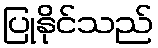
ပြုနိုင်သည်